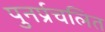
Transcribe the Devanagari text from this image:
पुनर्प्रचलित